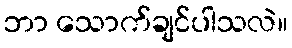
ဘာ သောက်ချင်ပါသလဲ။